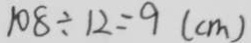
1 0 8 \div 1 2 = 9 ( c m )